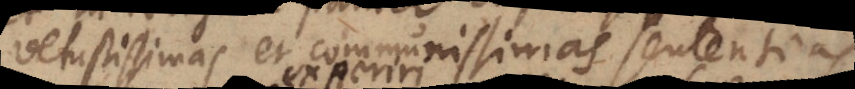
vetustissimas et communissimas sententias